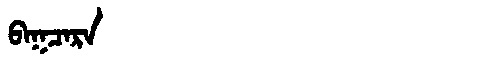
Manchu: ᠪᠠᡴᠴᠠᡵᠠ
Romanization: BAKCARA